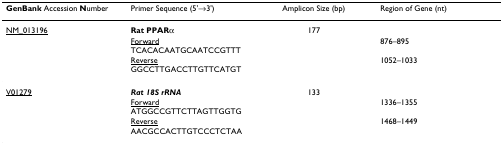
| GenBank Accession Number | Primer Sequence (5'→3') | Amplicon Size (bp) | Region of Gene (nt) |
 | --- | --- | --- | --- |
 | NM_013196 | Rat PPARα | 177 |  |
 |  | <underline>Forward</underline> TCACACAATGCAATCCGTTT |  | 876–895 |
 |  | <underline>Reverse</underline> GGCCTTGACCTTGTTCATGT |  | 1052–1033 |
 | V01279 | Rat 18S rRNA | 133 |  |
 |  | <underline>Forward</underline> ATGGCCGTTCTTAGTTGGTG |  | 1336–1355 |
 |  | <underline>Reverse</underline> AACGCCACTTGTCCCTCTAA |  | 1468–1449 |